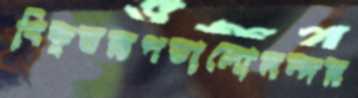
বিকৃতরূপভালোমন্দর